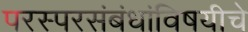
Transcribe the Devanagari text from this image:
परस्परसंबंधांविषयीचे